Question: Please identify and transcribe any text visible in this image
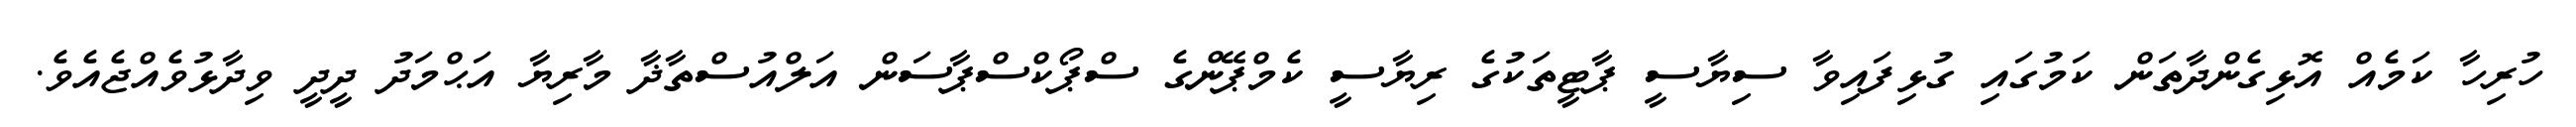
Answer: ހުރިހާ ކަމެއް އޮޅިގެންދާތަން ކަމުގައި ގުޅިފައިވާ ސިޔާސީ ޕާޓީތަކުގެ ރިޔާސީ ކެމްޕޭންގެ ސްޕޯކްސްޕާސަން އަލްއުސްތާޛާ މާރިޔާ އަޙްމަދު ދީދީ ވިދާޅުވެއްޖެއެވެ.